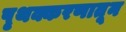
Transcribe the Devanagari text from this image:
पृथक्करणातून